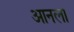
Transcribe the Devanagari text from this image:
आनला